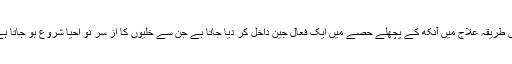
اس طریقہ علاج میں آنکھ کے پچھلے حصے میں ایک فعال جین داخل کر دیا جاتا ہے جن سے خلیوں کا از سرِ نو احیا شروع ہو جاتا ہے۔